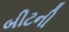
બીટની